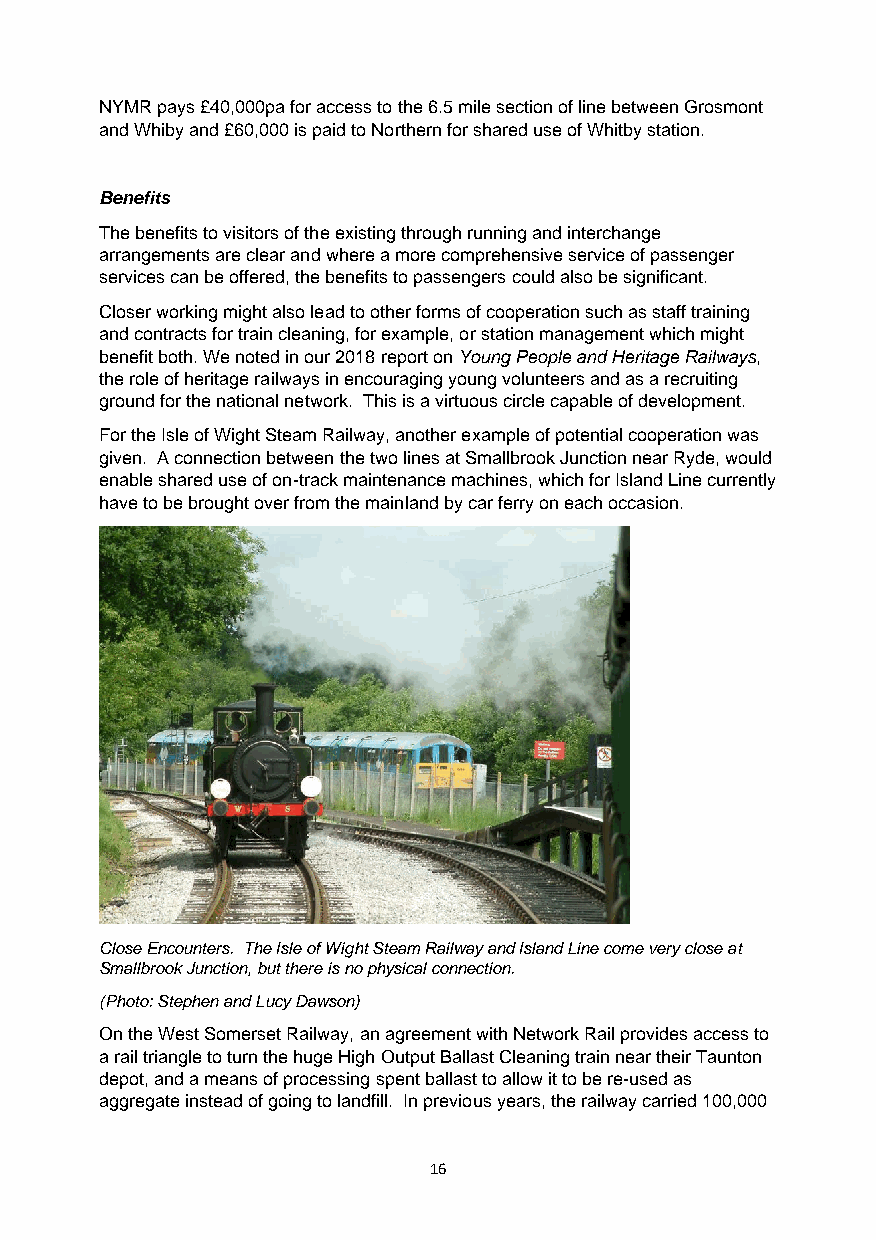
NYMR pays £40,000pa for access to the 6.5 mile section of line between Grosmont
 and Whiby and £60,000 is paid to Northern for shared use of Whitby station.
 Benefits
 The benefits to visitors of the existing through running and interchange
 arrangements are clear and where a more comprehensive service of passenger
 services can be offered, the benefits to passengers could also be significant.
 Closer working might also lead to other forms of cooperation such as staff training
 and contracts for train cleaning, for example, or station management which might
 benefit both. We noted in our 2018 report on Young People and Heritage Railways,
 the role of heritage railways in encouraging young volunteers and as a recruiting
 ground for the national network. This is a virtuous circle capable of development.
 For the Isle of Wight Steam Railway, another example of potential cooperation was
 given. A connection between the two lines at Smallbrook Junction near Ryde, would
 enable shared use of on-track maintenance machines, which for Island Line currently
 have to be brought over from the mainland by car ferry on each occasion.
 Close Encounters. The Isle of Wight Steam Railway and Island Line come very close at
 Smallbrook Junction, but there is no physical connection.
 (Photo: Stephen and Lucy Dawson)
 On the West Somerset Railway, an agreement with Network Rail provides access to
 a rail triangle to turn the huge High Output Ballast Cleaning train near their Taunton
 depot, and a means of processing spent ballast to allow it to be re-used as
 aggregate instead of going to landfill. In previous years, the railway carried 100,000
 16